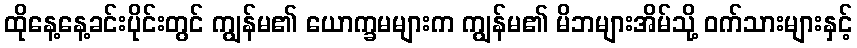
ထိုနေ့နေ့ခင်းပိုင်းတွင် ကျွန်မ၏ ယောက္ခမများက ကျွန်မ၏ မိဘများအိမ်သို့ ဝက်သားများနှင့်